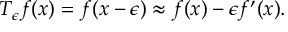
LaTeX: T _ { \epsilon } f ( x ) = f ( x - \epsilon ) \approx f ( x ) - \epsilon f ^ { \prime } ( x ) .